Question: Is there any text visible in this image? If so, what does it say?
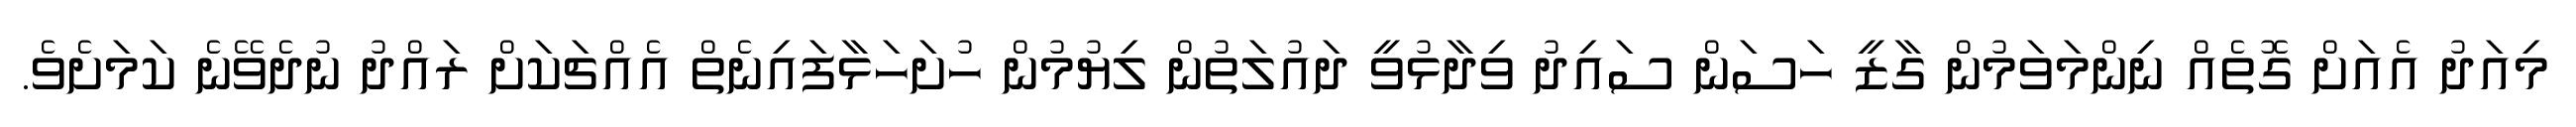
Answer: މިއަދު އެއަށް ގޮތެއް ނިންމަވަމުން ގާޒީ ހަސަން ސައިދު ވިދާޅުވީ ދައުލަތުން ލިޔުމުން ހުށަހަޅާފައިނެތް އެއްޗަކަށް ރައްދު ނުދެވޭނެ ކަމަށެވެ.